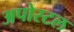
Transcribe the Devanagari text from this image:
अपोस्टल